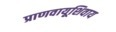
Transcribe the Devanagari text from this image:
प्राणवायूशिवाय